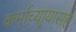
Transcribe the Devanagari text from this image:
कर्माच्यार्‍यासह